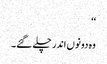
‘‘
وہ دونوں اندر چلے گئے۔